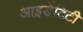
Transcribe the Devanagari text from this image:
आइ़डेंटिटी